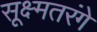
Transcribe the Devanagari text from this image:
सूक्ष्मतरंगे